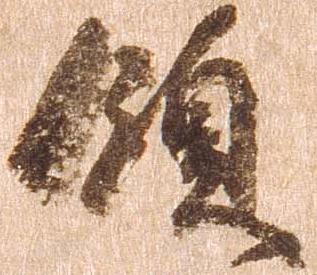
領